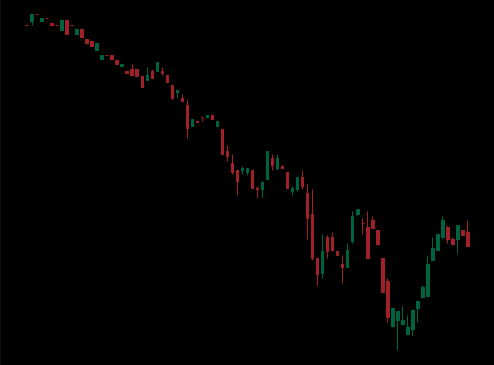
Pattern: bull_flag